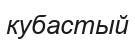
кубастый